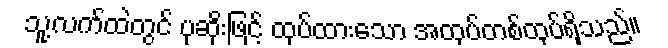
သူ့လက်ထဲတွင် ပုဆိုးဖြင့် ထုပ်ထားသော အထုပ်တစ်ထုပ်ရှိသည်။